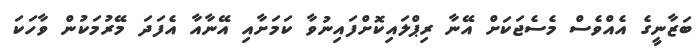
ބަޒާނީގެ އެއްވެސް މެސެޖަކަށް އޭނާ ރިޕްލައިކޮށްފައިނުވާ ކަމަށާއި އޭނާއާ އެފަދަ މޭރުމަކުން ވާހަކަ